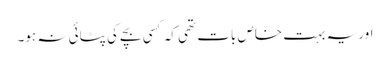
اور یہ بہت خاص بات تھی کہ کسی بچے کی پٹائی نہ ہو۔